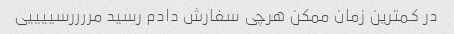
در کمترین زمان ممکن هرچی سفارش دادم رسید مررررسییییی